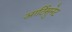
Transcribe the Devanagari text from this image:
आर्टिसुनेट